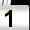
Digit: 1